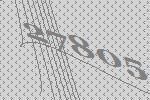
27805